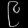
Digit: ၉